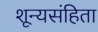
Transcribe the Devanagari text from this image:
शून्यसंहिता